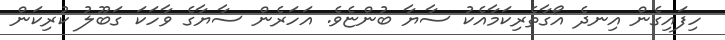
ހިފައިގެން އިނދެ އޯގާތެރިކަމާއެކު ސާޔާ ބުންޏެވެ. އަހަރެން ސާޔާގެ ވާހަކަ ގަބޫލު ކުރިކަން